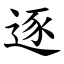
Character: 逐